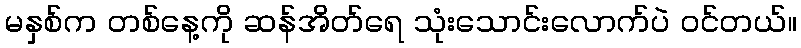
မနှစ်က တစ်နေ့ကို ဆန်အိတ်ရေ သုံးသောင်းလောက်ပဲ ဝင်တယ်။